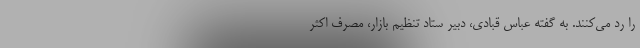
را رد می‌کنند. به گفته عباس قبادی، دبیر ستاد تنظیم بازار، مصرف اکثر